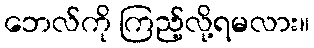
ဘေလ်ကို ကြည့်လို့ရမလား။